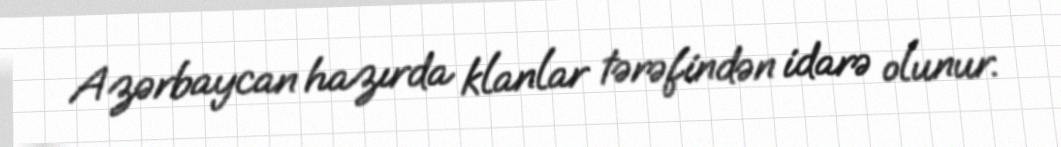
Azərbaycan hazırda klanlar tərəfindən idarə olunur.